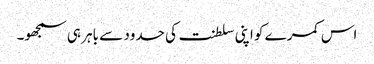
اس کمرے کو اپنی سلطنت کی حدود سے باہر ہی سمجھو۔